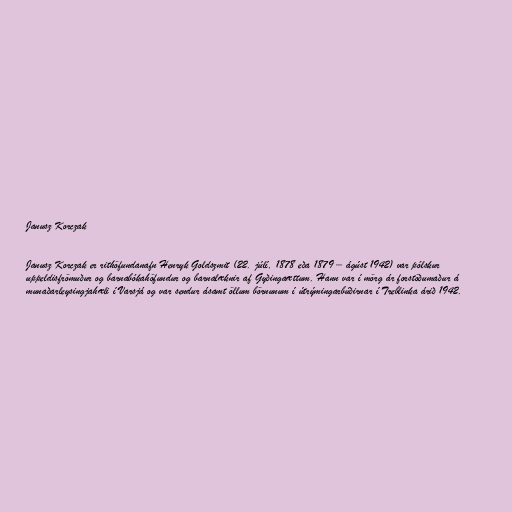
Janusz Korczak

Janusz Korczak er rithöfundanafn Henryk Goldszmit (22. júlí, 1878 eða 1879 – ágúst 1942) var pólskur
uppeldisfrömuður og barnabókahöfundur og barnalæknir af Gyðingaættum. Hann var í mörg ár forstöðumaður á
munaðarleysingjahæli í Varsjá og var sendur ásamt öllum börnunum í útrýmingarbúðirnar í Treblinka árið 1942.